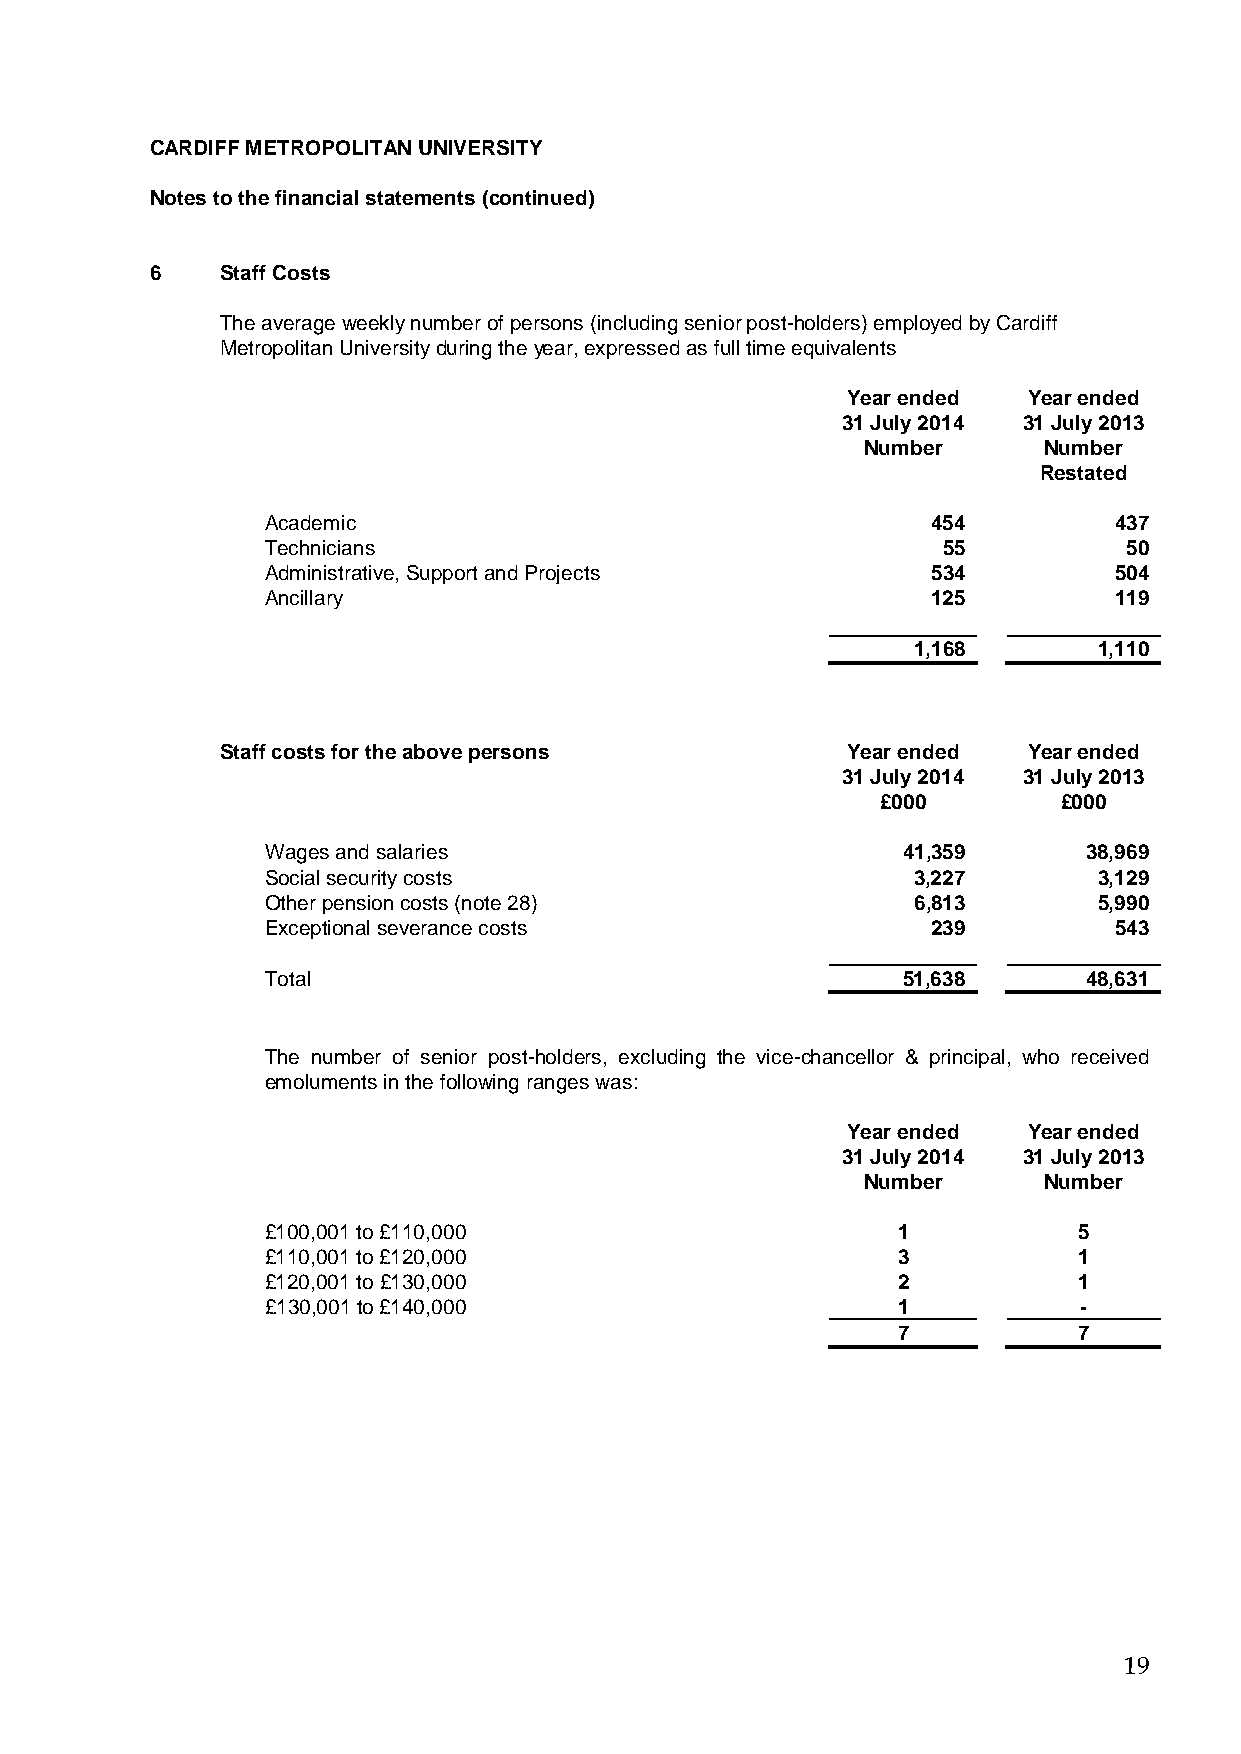
CARDIFF METROPOLITAN UNIVERSITY
 Notes to the financial statements (continued)
 6    Staff Costs
 The average weekly number of persons (including senior post-holders) employed by Cardiff
 Metropolitan University during the year, expressed as full time equivalents
 Year ended  Year ended
 31 July 2014 31 July 2013
 Number      Number
 Restated
 Academic                                    454         437
 Technicians                                 55           50
 Administrative, Support and Projects        534         504
 Ancillary                                   125         119
 1,168        1,110
 Staff costs for the above persons        Year ended  Year ended
 31 July 2014 31 July 2013
 £000        £000
 Wages and salaries                        41,359      38,969
 Social security costs                     3,227        3,129
 Other pension costs (note 28)             6,813        5,990
 Exceptional severance costs                 239         543
 Total                                     51,638      48,631
 The number of senior post-holders, excluding the vice-chancellor & principal, who received
 emoluments in the following ranges was:
 Year ended  Year ended
 31 July 2014 31 July 2013
 Number      Number
 £100,001 to £110,000                     1           5
 £110,001 to £120,000                     3           1
 £120,001 to £130,000                     2           1
 £130,001 to £140,000                     1           -
 7           7
 19